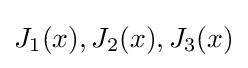
J_{1}(x),J_{2}(x),J_{3}(x)